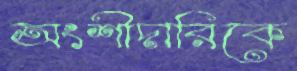
অংশীদারিকে